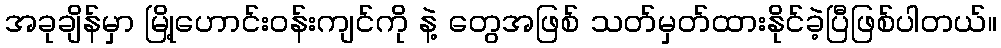
အခုချိန်မှာ မြို့ဟောင်းဝန်းကျင်ကို နဲ့ တွေအဖြစ် သတ်မှတ်ထားနိုင်ခဲ့ပြီဖြစ်ပါတယ်။